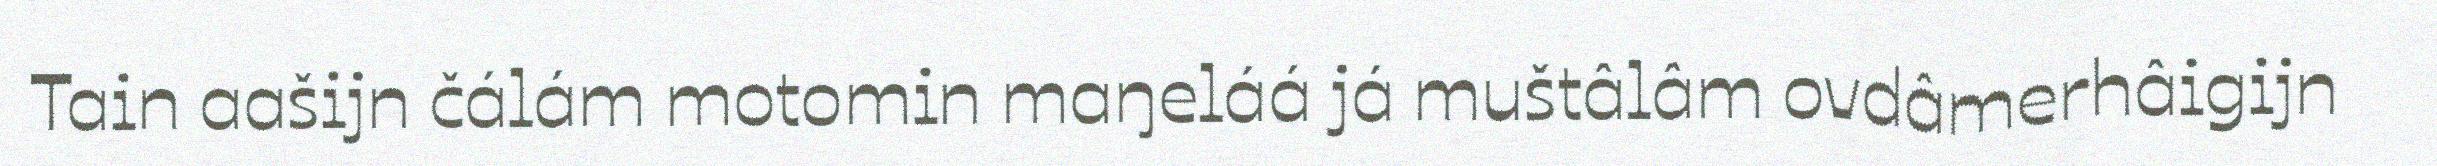
Tain aašijn čálám motomin maŋeláá já muštâlâm ovdâmerhâigijn